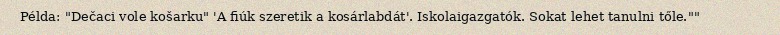
Példa: "Dečaci vole košarku" 'A fiúk szeretik a kosárlabdát'. Iskolaigazgatók. Sokat lehet tanulni tőle.""